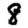
Digit: 8